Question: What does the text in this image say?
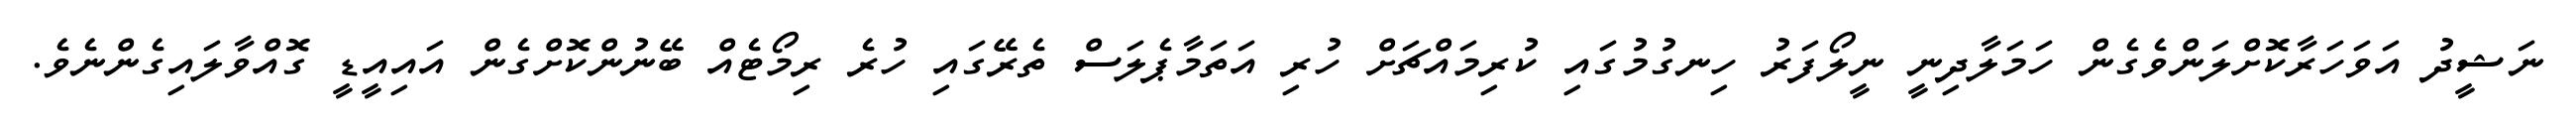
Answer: ނަޝީދު އަވަހަރާކޮށްލަންވެގެން ހަމަލާދިނީ ނީލޯފަރު ހިނގުމުގައި ކުރިމައްޗަށް ހުރި އަތަމާޕެލަސް ތެރޭގައި ހުރެ ރިމޯޓެއް ބޭނުންކޮށްގެން އައިއީޑީ ގޮއްވާލައިގެންނެވެ.